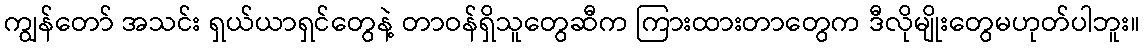
ကျွန်တော် အသင်း ရှယ်ယာရှင်တွေနဲ့ တာဝန်ရှိသူတွေဆီက ကြားထားတာတွေက ဒီလိုမျိုးတွေမဟုတ်ပါဘူး။